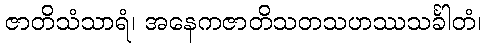
ဇာတိသံသာရံ၊ အနေကဇာတိသတသဟဿသင်္ခါတံ၊